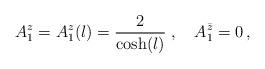
LaTeX: \begin{align*}A_1^z=A^z_1(l)=\frac{2}{\cosh(l)}\;,\quad A_1^{\bar{z}}=0\,,\end{align*}